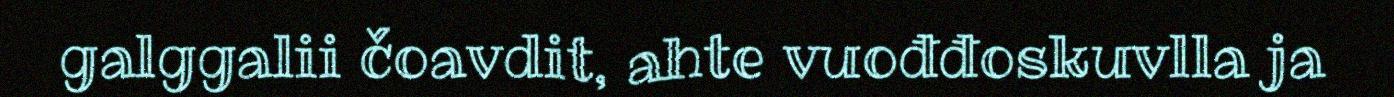
galggalii čoavdit, ahte vuođđoskuvlla ja